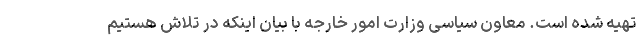
تهیه شده است. معاون سیاسی وزارت امور خارجه با بیان اینکه در تلاش هستیم